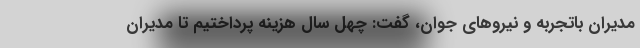
مدیران باتجربه و نیروهای جوان، گفت: چهل سال هزینه پرداختیم تا مدیران